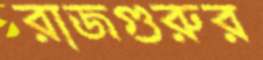
রাজগুরুর